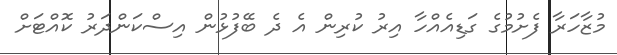
މުޒާހަރާ ފެށުމުގެ ގަޑިއެއްހާ އިރު ކުރިން އެ ދެ ބޭފުޅުން އިސްކަންދަރު ކޮއްޓަށް